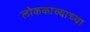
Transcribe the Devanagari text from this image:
लोककाव्याच्या